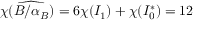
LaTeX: \chi ( \widehat { B / \alpha _ { B } } ) = 6 \chi ( I _ { 1 } ) + \chi ( I _ { 0 } ^ { * } ) = 1 2